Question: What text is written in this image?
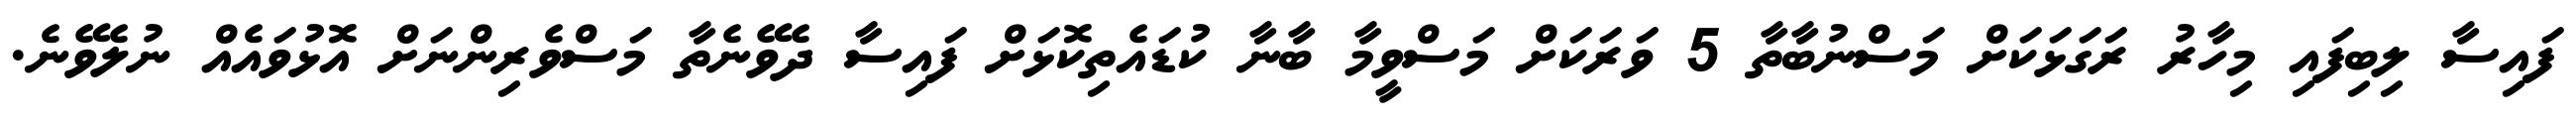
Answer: ފައިސާ ލިބިފައި މިހާރު ރަގަޅަކަށް މަސްނުބާތާ 5 ވަރަކަށް މަސްވީމާ ބާނާ ކުޑައެތިކޮޅަށް ފައިސާ ދެވޭނެތާ މަސްވެރިންނަށް އޮޅުވައެއް ނުލެވޭނެ.